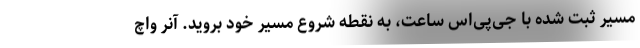
مسیر ثبت شده با جی‌پی‌اس ساعت، به نقطه شروع مسیر خود بروید. آنر واچ